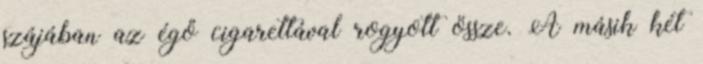
szájában az égő cigarettával rogyott össze. A másik két